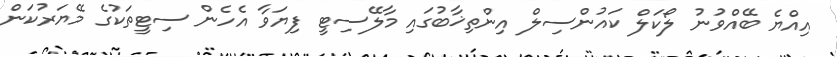
އިއްޔެ ބޭއްވުނު ލޯކަލް ކައުންސިލް އިންތިޚާބުގައި މާލޭސިޓީ ފިޔަވާ އެހެން ސިޓީތަކުގެ މޭޔަރުކަން